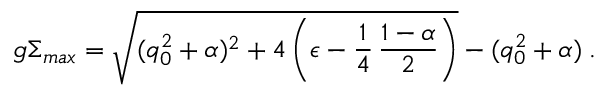
g \Sigma _ { m a x } = \sqrt { ( q _ { 0 } ^ { 2 } + \alpha ) ^ { 2 } + 4 \left( \epsilon - \frac 1 4 \, \frac { 1 - \alpha } { 2 } \right) } - ( q _ { 0 } ^ { 2 } + \alpha ) \; .